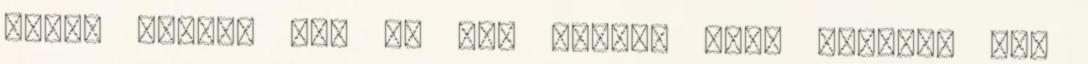
szájt nélkül sem és nem azért, mert kétéves sem